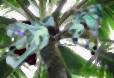
ফ্রগ